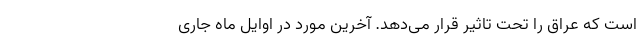
است که عراق را تحت تاثیر قرار می‌دهد. آخرین مورد در اوایل ماه جاری